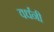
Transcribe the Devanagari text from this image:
वर्धनी